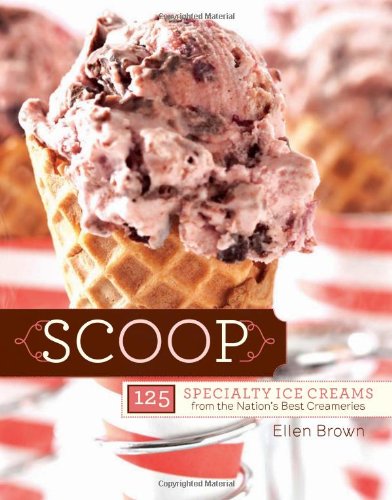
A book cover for Scoop: 125 Specialty Ice Creams from the Nation's Best Creameries; Ellen Brown; Cookbooks, Food & Wine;